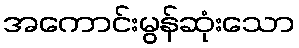
အကောင်းမွန်ဆုံးသော